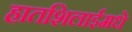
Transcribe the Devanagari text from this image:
हातशिलाईमधे